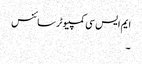
ایم ایس سی کمپیوٹر سائنس
۔